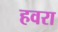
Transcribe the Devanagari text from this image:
हवरा